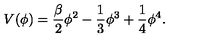
V ( \phi ) = \frac { \beta } { 2 } \phi ^ { 2 } - \frac { 1 } { 3 } \phi ^ { 3 } + \frac { 1 } { 4 } \phi ^ { 4 } .